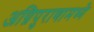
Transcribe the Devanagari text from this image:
अग्निपुराणामध्ये